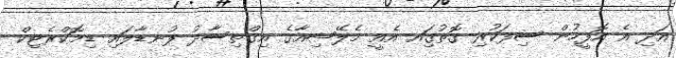
އަދި އެ އޮފީހުން ސިފަކުރި ގޮތުގަިއ އެއީ މެލޭޝިއާގެ އިގްތިސާދު ފުނޑާލައި ޑިމޮކްރެޓިކް